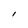
Character: I